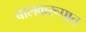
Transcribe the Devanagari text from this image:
बालकरूपात